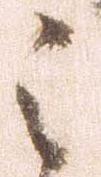
之